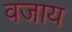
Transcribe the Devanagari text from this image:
वजाय